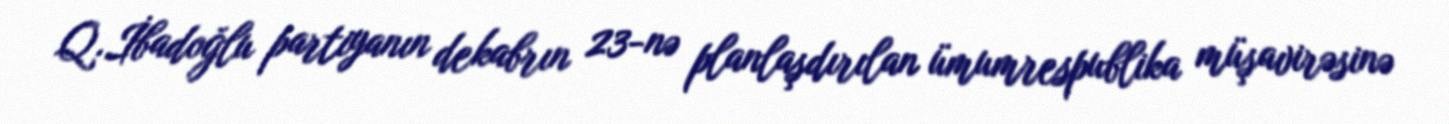
Q.İbadoğlu partiyanın dekabrın 23-nə planlaşdırılan ümumrespublika müşavirəsinə